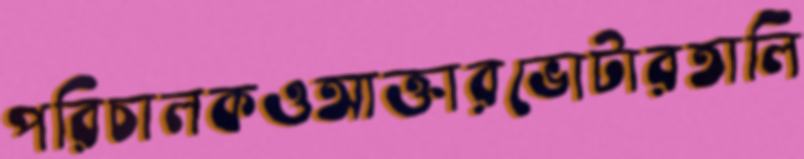
পরিচালকওআক্তারভোটারতালি